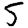
Digit: 5